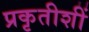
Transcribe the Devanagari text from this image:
प्रकृतीशीं